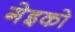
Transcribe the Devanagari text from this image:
गेइको